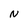
Character: N